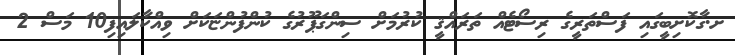
ށ.ގާކޮށިބީގައި ފަސްތަރީގެ ރިސޯޓެއް ތަރައްޤީ ކުރުމަށް ސިންގަޕޫރުގެ ކުންފުންޏަކަށް ވިއްކާލައިފި10 މަސް 2